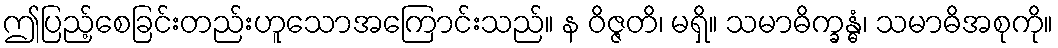
ဤပြည့်စေခြင်းတည်းဟူသောအကြောင်းသည်။ န ဝိဇ္ဇတိ၊ မရှိ။ သမာဓိက္ခန္ဓံ၊ သမာဓိအစုကို။